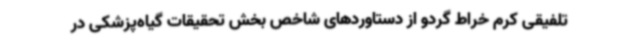
تلفیقی کرم خراط گردو از دستاوردهای شاخص بخش تحقیقات گیاه‌پزشکی در